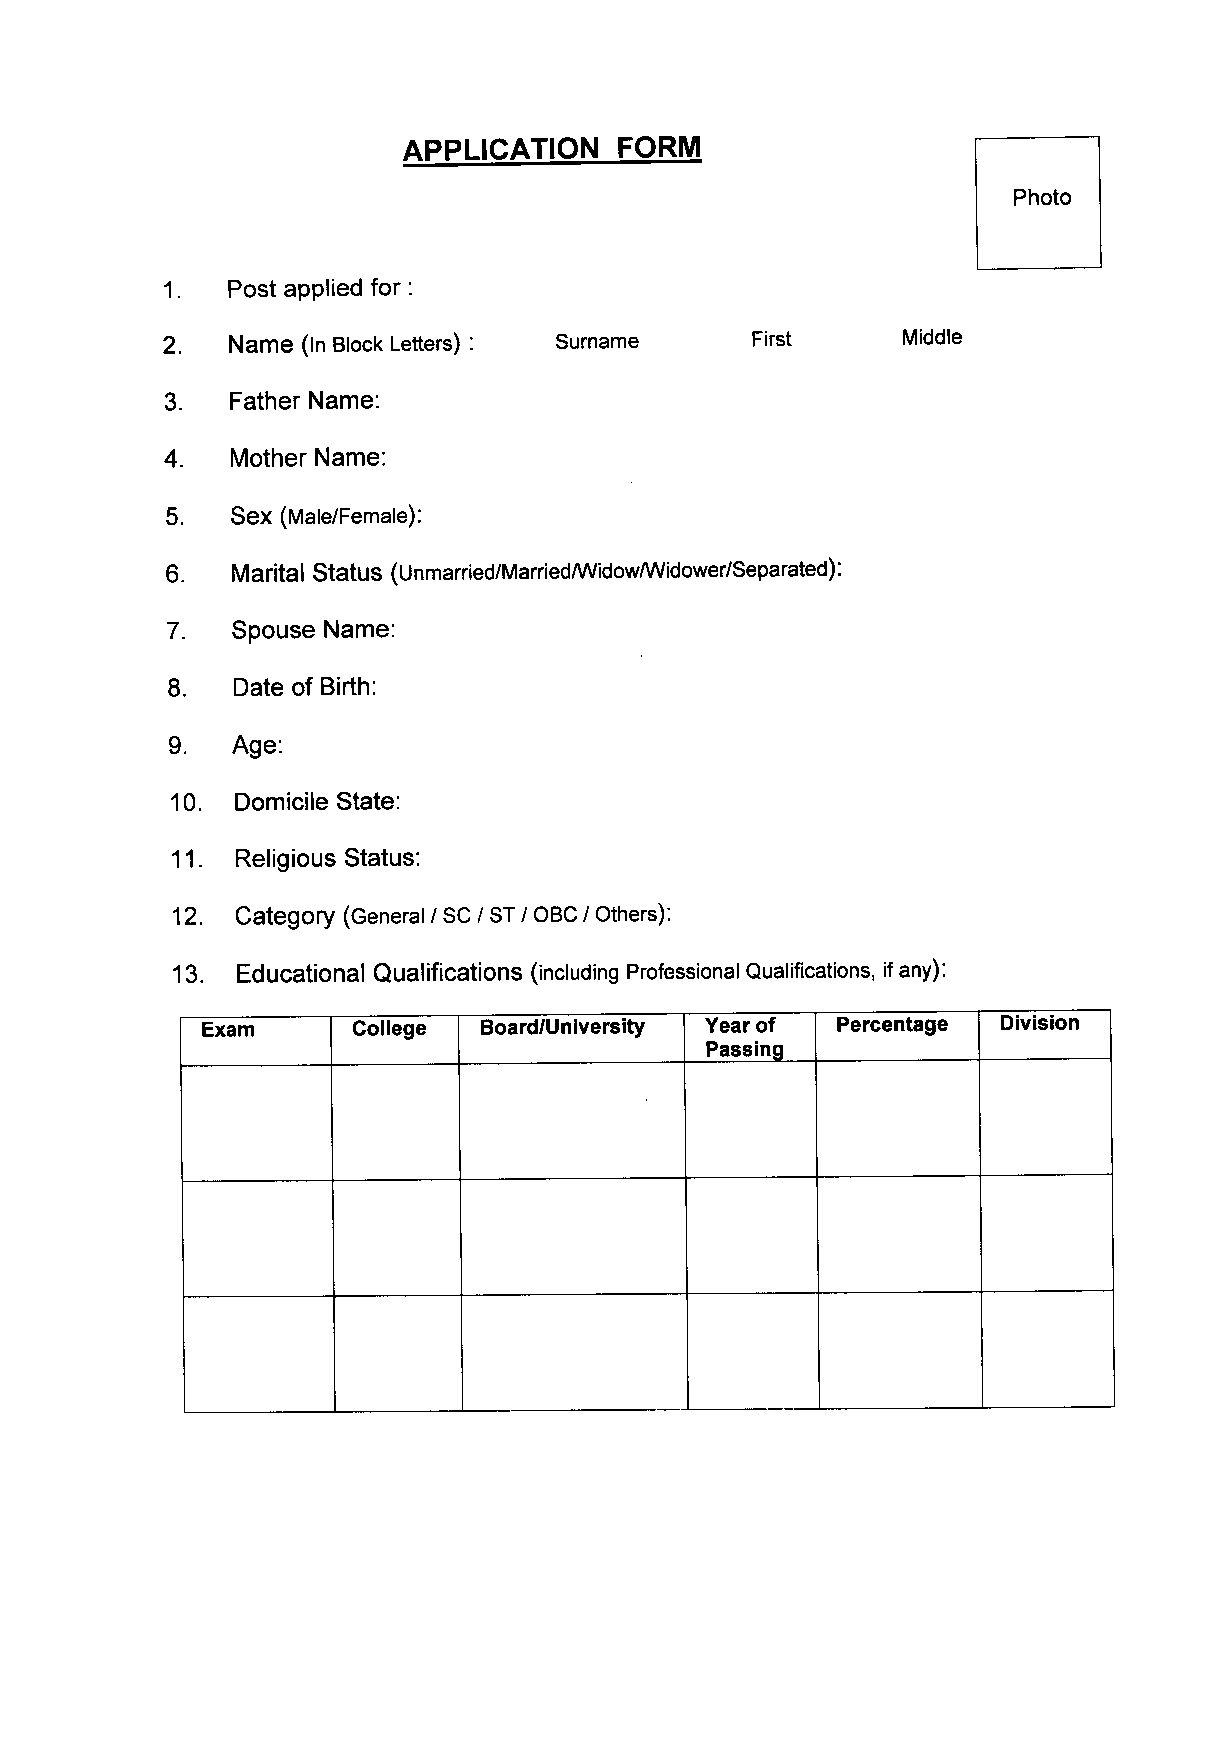
APPLICATION   FORM
 Photo
 1.  Postappliedfor:
 2.  Name (In BlockLetters) : Surname   First     Middle
 3.  Father Name:
 4.  Mother Name:
 5.  Sex (Male/Female):
 6.  MaritalStatus (Unmarried/MarriedlWidowlWidower/Separated):
 7.  Spouse Name:
 8.  Dateof Birth:
 9.  Age:
 10.  DomicileState:
 11.  ReligiousStatus:
 12.  Category (General/ SC/ ST/ aBC / Others):
 13.  Educational Qualifications (including ProfessionalQualifications, ifany):
 Exam      College  Board/University Year of Percentage Division
 Passing